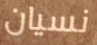
نسيان